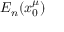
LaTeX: E _ { n } ( x _ { 0 } ^ { \mu } )